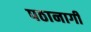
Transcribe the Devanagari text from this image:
पठानागी